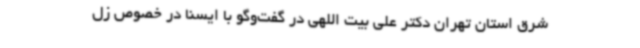
شرق استان تهران دکتر علی بیت اللهی در گفت‌وگو با ایسنا در خصوص زل